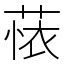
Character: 𬝗